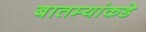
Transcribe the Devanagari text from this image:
बातम्यांकडे